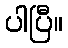
ပါပြီ။